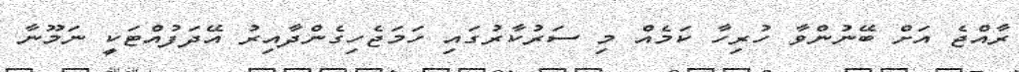
ރާއްޖެ އަށް ބޭނުންވާ ހުރިހާ ކަމެއް މި ސަރުކާރުގައި ހަމަޖެހިގެންދާއިރު އޭދަފުއްޓަކީ ނަމޫނާ